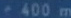
400 m